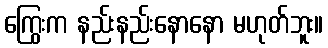
ကြွေးက နည်းနည်းနောနော မဟုတ်ဘူး။